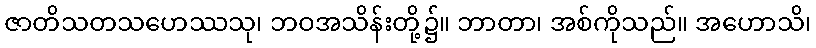
ဇာတိသတသဟေဿသု၊ ဘဝအသိန်းတို့၌။ ဘာတာ၊ အစ်ကိုသည်။ အဟောသိ၊